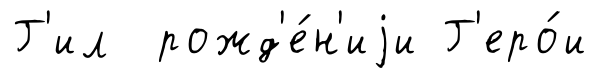
Г'ил рожд'е́н'иjи Г'еро́и